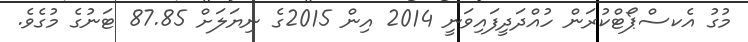
މުގު އެކސްޕޯޓްކުރަން ހުއްދަދީފައިވަނީ 2014 އިން 2015ގެ ނިޔަލަށް 87.85 ޓަނުގެ މުގެވެ.